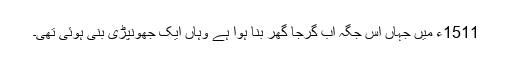
1511ء میں جہاں اس جگہ اب گرجا گھر بنا ہوا ہے وہاں ایک جھونپڑی بنی ہوئی تھی۔